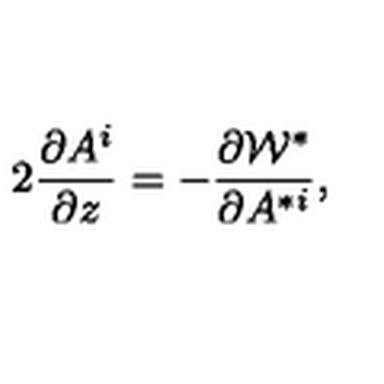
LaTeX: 2 \frac { \partial A ^ { i } } { \partial z } = - \frac { \partial { \cal W } ^ { * } } { \partial A ^ { * i } } ,